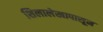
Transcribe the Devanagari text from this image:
शिलालेखापासून